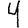
Digit: 4